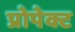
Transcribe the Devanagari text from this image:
प्रोपेक्ट